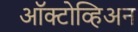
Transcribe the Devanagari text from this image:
ऑक्टोव्हिअन